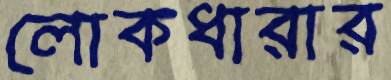
লোকধারার